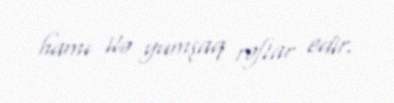
hamı ilə yumşaq rəftar edir.